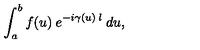
\int _ { a } ^ { b } f ( u ) \: e ^ { - i \gamma ( u ) \: l } \: d u ,